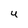
Character: 4